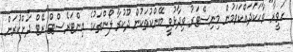
"ހަވީރާ" ވާހަކަދައްކަވަމުން މިނިސްޓަރު ވިދާޅުވީ ބޭންކުތަކުން ދޫކުރާ ލޯންތަކުގެ އިންޓަރެސްޓް ރޭޓް ދަށްކުރަން